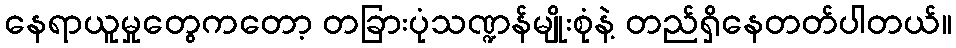
နေရာယူမှုတွေကတော့ တခြားပုံသဏ္ဍန်မျိုးစုံနဲ့ တည်ရှိနေတတ်ပါတယ်။